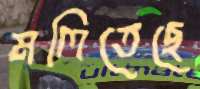
মলিতেছে